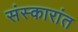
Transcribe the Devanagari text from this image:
संस्कारांत